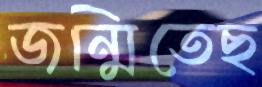
জন্মিতেছ